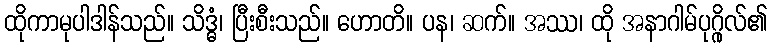
ထိုကာမုပါဒါန်သည်။ သိဒ္ဓံ၊ ပြီးစီးသည်။ ဟောတိ။ ပန၊ ဆက်။ အဿ၊ ထို အနာဂါမ်ပုဂ္ဂိုလ်၏